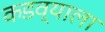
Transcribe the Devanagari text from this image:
कडव्याला